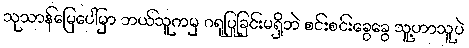
သုသာန်မြေပေါ်မှာ ဘယ်သူကမှ ဂရုပြုခြင်းမရှိဘဲ စင်းစင်းခွေခွေ သူ့ဟာသူပဲ